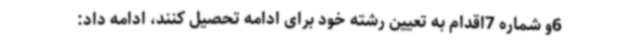
6و شماره 7اقدام به تعیین رشته خود برای ادامه تحصیل کنند، ادامه داد: